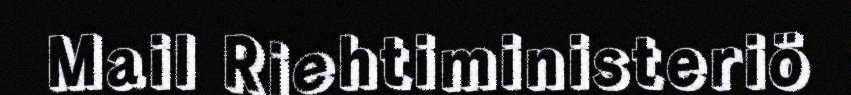
Mail Riehtiministeriö